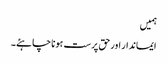
ہمیں
ایماندار اور حق پرست ہونا چاہئے۔